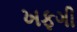
ખફગી